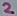
Text: 2